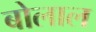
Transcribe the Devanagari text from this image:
बोलाल